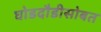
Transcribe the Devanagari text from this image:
घोडदौडीसोबत